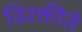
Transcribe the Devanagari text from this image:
विरक्तीते